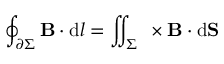
\oint _ { \partial \Sigma } \mathbf { B } \cdot \mathrm { d } { \boldsymbol { l } } = \iint _ { \Sigma } \mathbf { \nabla } \times \mathbf { B } \cdot \mathrm { d } \mathbf { S }